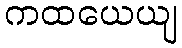
ကထယေယျ